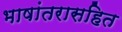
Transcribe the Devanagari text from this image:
भाषांतरासहित